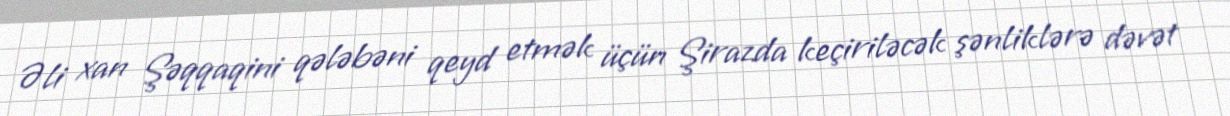
Əli xan Şəqqaqini qələbəni qeyd etmək üçün Şirazda keçiriləcək şənliklərə dəvət